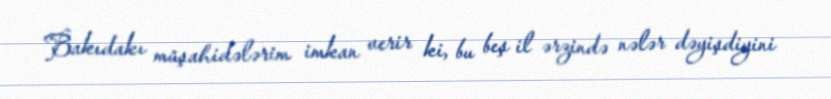
Bakıdakı müşahidələrim imkan verir ki, bu beş il ərzində nələr dəyişdiyini